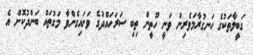
ގަބީލާތަކުގެ ހަނގުރާމަވެރިން ވަނީ ހޫތީން ތިބި ސަރަހައްދުގެ ވަށައިގެންވާ މަގުތައް ބަންދުކޮށް އެ